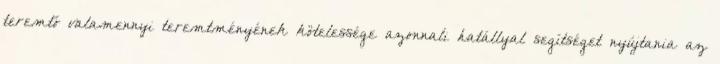
teremtő valamennyi teremtményének kötelessége azonnali hatállyal segítséget nyújtania az